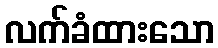
လက်ခံထားသော